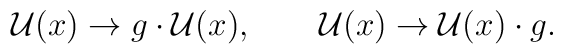
\mathcal{U}(x)\rightarrow g \cdot\mathcal{U}(x),\qquad\mathcal{U}(x)\rightarrow \mathcal{U}(x)\cdot g.